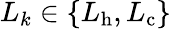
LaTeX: L_{k}\in\{ L_{\mathrm{h}},L_{\mathrm{c}}\}